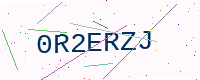
Text: 0R2ERZJ